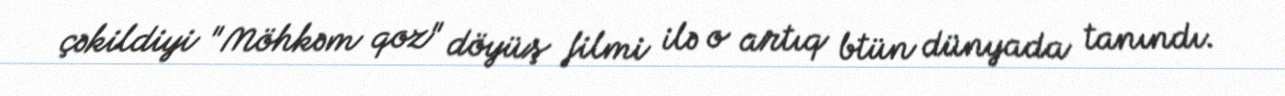
çəkildiyi "Möhkəm qoz" döyüş filmi ilə o artıq btün dünyada tanındı.